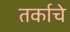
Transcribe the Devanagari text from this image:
तर्काचे